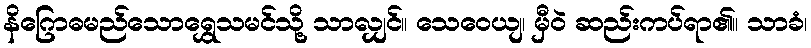
နိဂြောဓမည်သောရွှေသမင်သို့ သာလျှင်။ သေဝေယျ၊ မှီဝဲ ဆည်းကပ်ရာ၏။ သာခံ၊